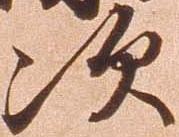
次